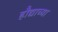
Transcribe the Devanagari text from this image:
हौद्याच्या